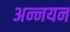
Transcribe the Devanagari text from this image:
अन्नयन